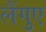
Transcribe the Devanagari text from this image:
लैंगुए